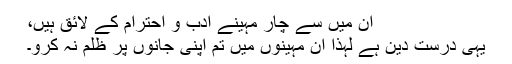
ان میں سے چار مہینے ادب و احترام کے لائق ہیں،
یہی درست دین ہے لہٰذا ان مہینوں میں تم اپنی جانوں پر ظلم نہ کرو۔